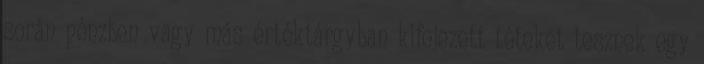
során pénzben vagy más értéktárgyban kifejezett téteket tesznek egy